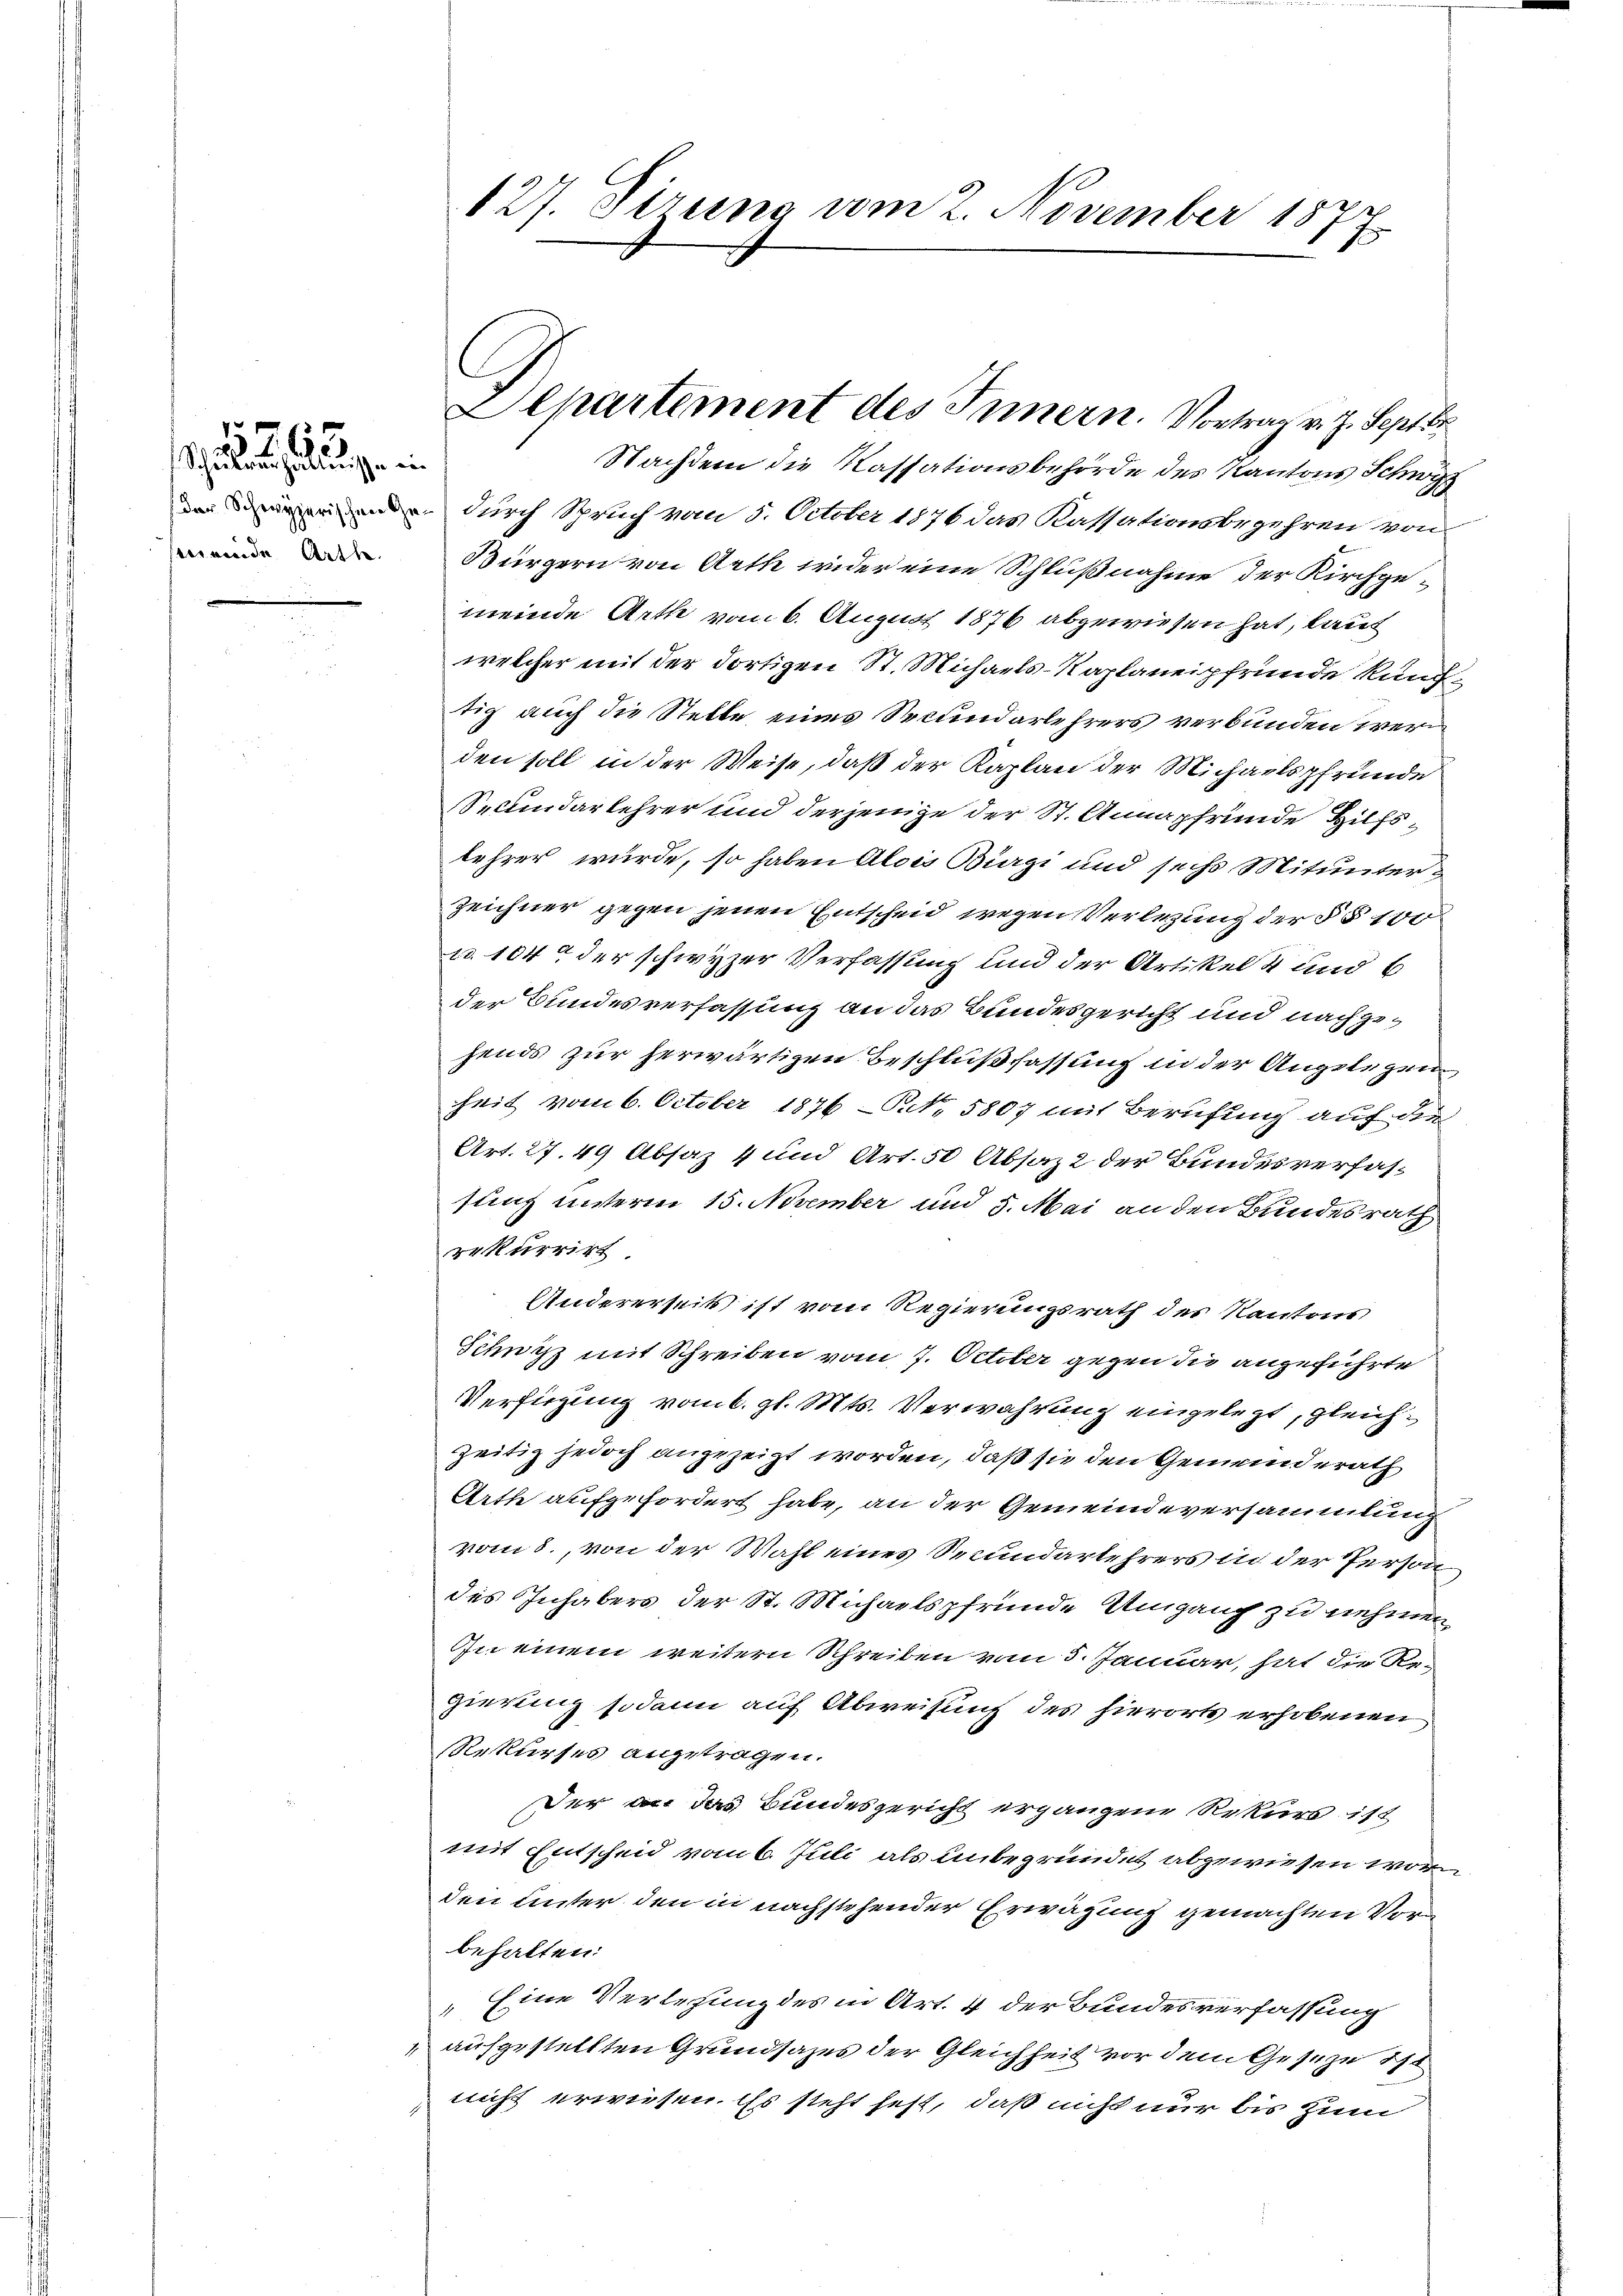
smeinde Arth.

127. Sirung vom 2. November 187
E

Departement des Innern. Vortrag v. J. Septbr

Nachdem die Kassationsbehörde des Kantons Schwyz
 durch Spruch vom 5. October 1876 das Kassationsbegehren von
Bürgern von Aeth wider eine Schlußnahme der Kirchgemeinde Arth vom 6. August 1876 abgewiesen hat, kauf
welcher mit der dortigen St. Michaels-Kaplaneipfrunde künftig auch die Stelle eines Secundarlehrers verbunden wer
den soll in der Weise, daß der Kaplan der Michaelspfründe
Secundarlehrer und derjenige der St. Annapfrunde Hilfslehrer wurde, so haben Alois Bürgi und sechs Mitunter¬
Zeichner gegen jenen Entscheid wegen Verlegung der § § 100
u. 104 der schwyzer Verfassung und der Artikel 4 und 6
der Bundesverfassung an das Bundesgericht und nachgehends zur herwärtigen Beschlußfassung in der Angelegen
heit vom 6. October 1876 NNo. 5807 mit Berufung auf die
Art. 27. 49 Absaz 4 und Art. 50 Absaz2 der Bundesverfas-
sunz unterm 15. November und 5. Mai an den Bundesrath
rekurrirt
Andererseits ist vom Regierungsrath des Kantons
Schutzz mit Schreiben vom 7. October gegen die angeführte
Verfügung vom 6. gl. Mts. Verwahrung eingelegt, gleichzeitig jedoch anzuzeigt worden, daß sie den Gemeinderath
Arth aufgefordert habe, an der Gemeindeversammlung
vom 3., von der Wahl eines Secundarlehrers in der Person
des Inhabers der St. Michaelspfründe Umgang zu nehmen,
In einem weitern Schreiben vom 5. Januar, hat die Regierung sodann auf Abweisung des hierorts erhobenen
Rekurses angetragen.
Der an das Bundesgericht ergangene Rekurs ist
mit Entscheid vom 6. Juli als unbegründet abgewiesen worden unter den in nachstehender Erwägung gemachten Vorbehalten:
Eine Verlegung des in Art. 4 der Bundesverfassung
aufgestellten Grundsazes der Gleichheit vor dem Geseze ist
nicht erwiesen. Es steht fest, daß nicht nur bis zum